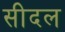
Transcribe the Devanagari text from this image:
सीदल